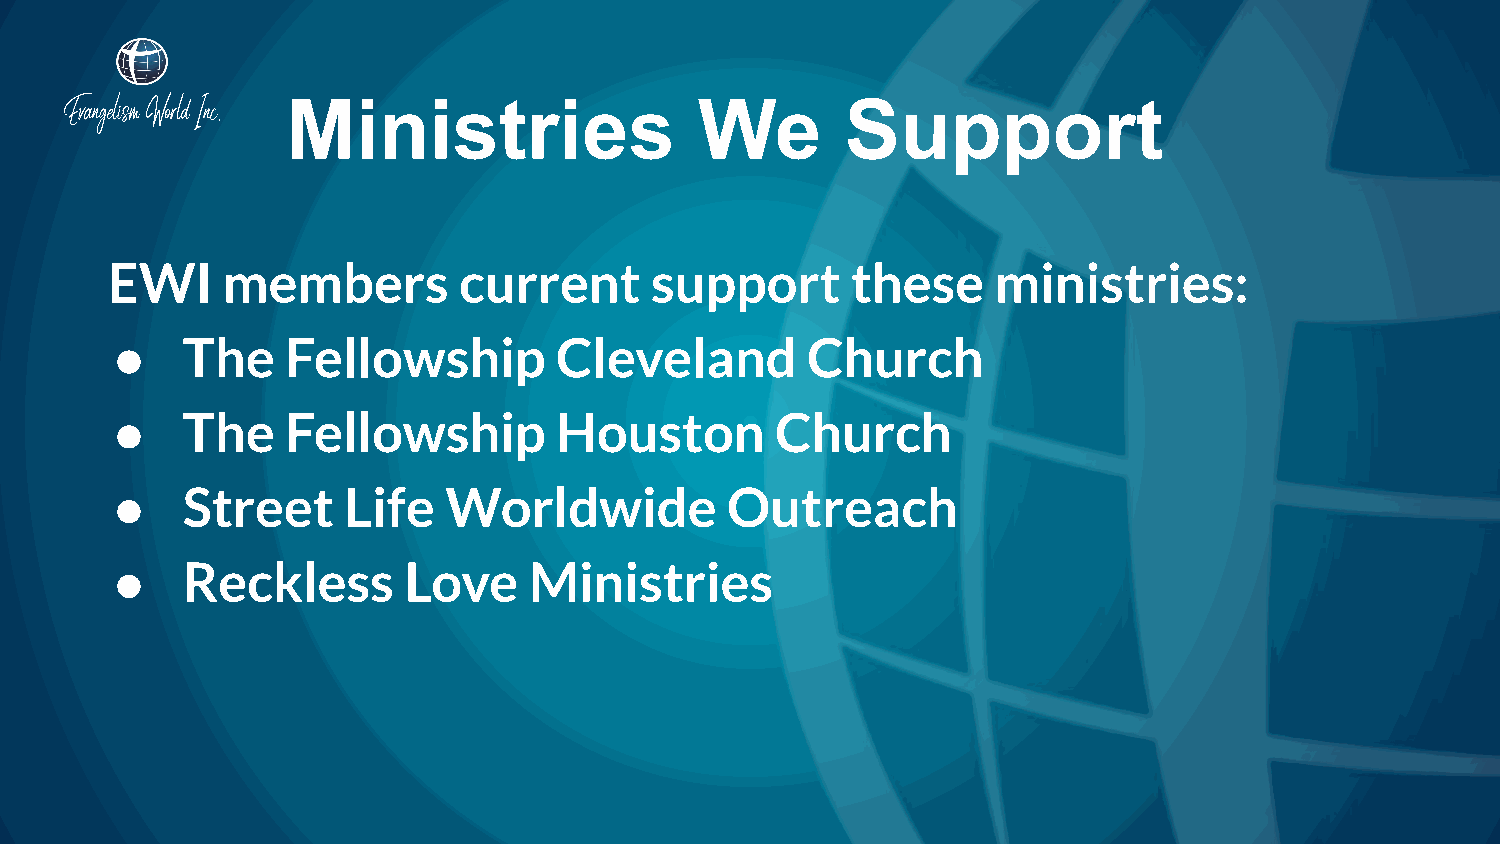
Ministries                 We        Support
 EWI     members        current      support      these     ministries:
 ●    The    Fellowship        Cleveland       Church
 ●    The    Fellowship        Houston       Church
 ●    Street     Life  Worldwide          Outreach
 ●    Reckless       Love    Ministries